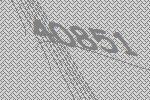
40851